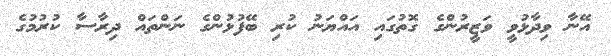
އޭނާ ވިދާޅުވީ ވަޒީރުންގެ ގޮތުގައި އައްޔަނު ކުރި ބޭފުޅުންގެ ނަންތައް ދިރާސާ ކުރުމުގެ